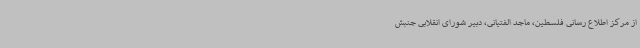
از مرکز اطلاع رسانی فلسطین، ماجد الفتیانی، دبیر شورای انقلابی جنبش